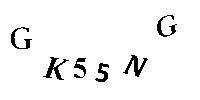
GK55NG